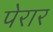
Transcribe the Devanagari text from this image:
पेरार